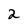
Character: 2